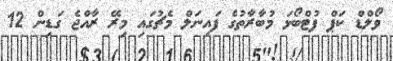
ވޯލްޑް ކަޕް ފުޓްބޯޅަ މުބާރާތުގެ ފައިނަލް މެޗުގައި މިރޭ ރާއްޖެ ގަޑިން 12